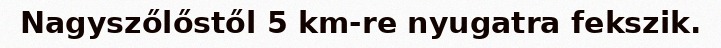
Nagyszőlőstől 5 km-re nyugatra fekszik.